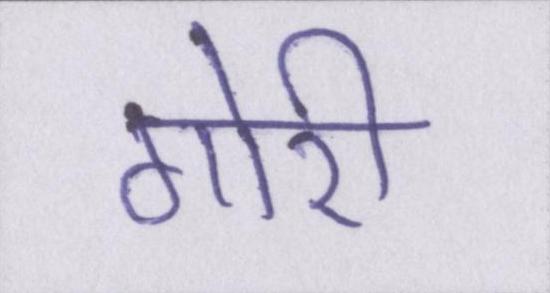
गोरी